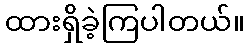
ထားရှိခဲ့ကြပါတယ်။